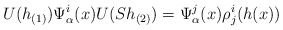
\begin{align*}U(h_{(1)})\Psi_\alpha ^i(x) U(Sh_{(2)}) = \Psi_\alpha ^j (x)\rho _j^i(h(x))\end{align*}